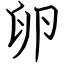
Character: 卵